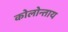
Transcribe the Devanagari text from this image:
कोलोन्ताय